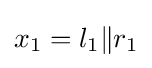
x_{1}=l_{1}\|r_{1}